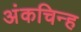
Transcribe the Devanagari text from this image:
अंकचिन्ह